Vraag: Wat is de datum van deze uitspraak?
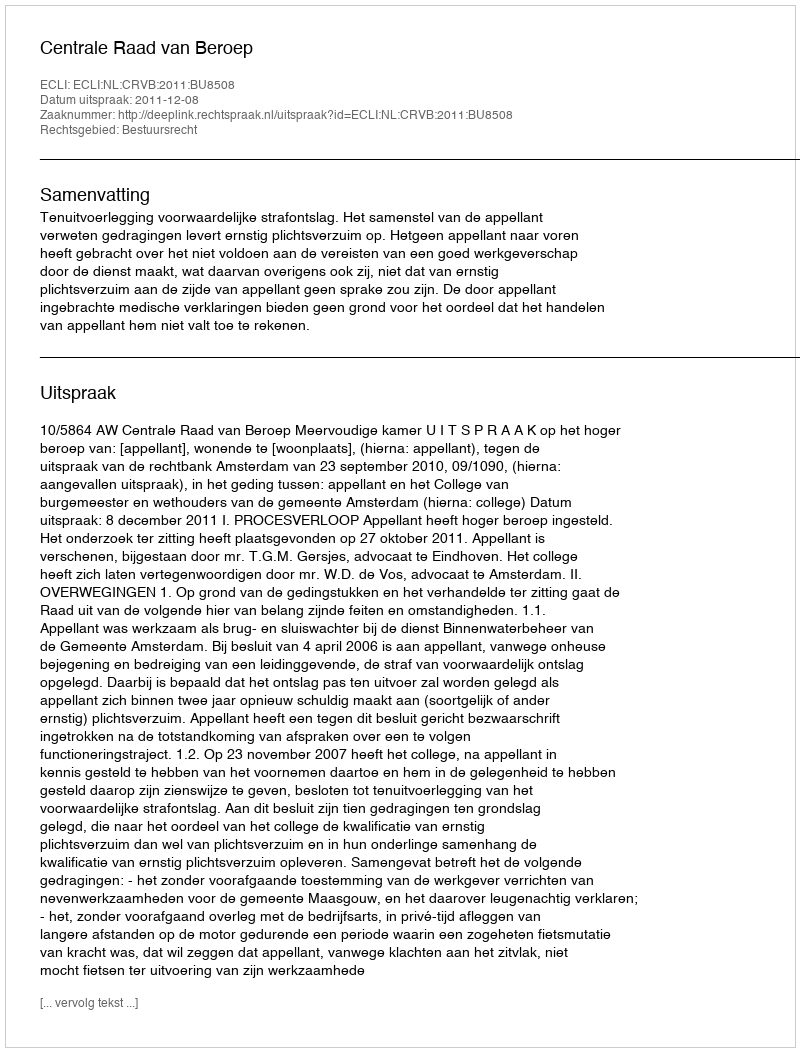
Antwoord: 2011-12-08